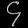
Digit: ၄